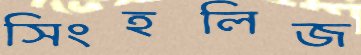
সিংহলিজ